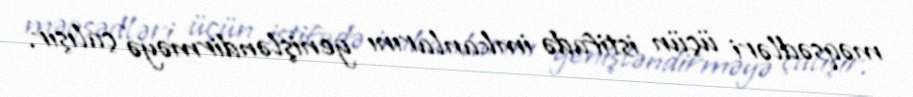
məqsədləri üçün istifadə imkanlarını genişləndirməyə çalışır.